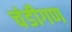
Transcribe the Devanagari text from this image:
चंडीगण